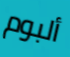
ألبوم